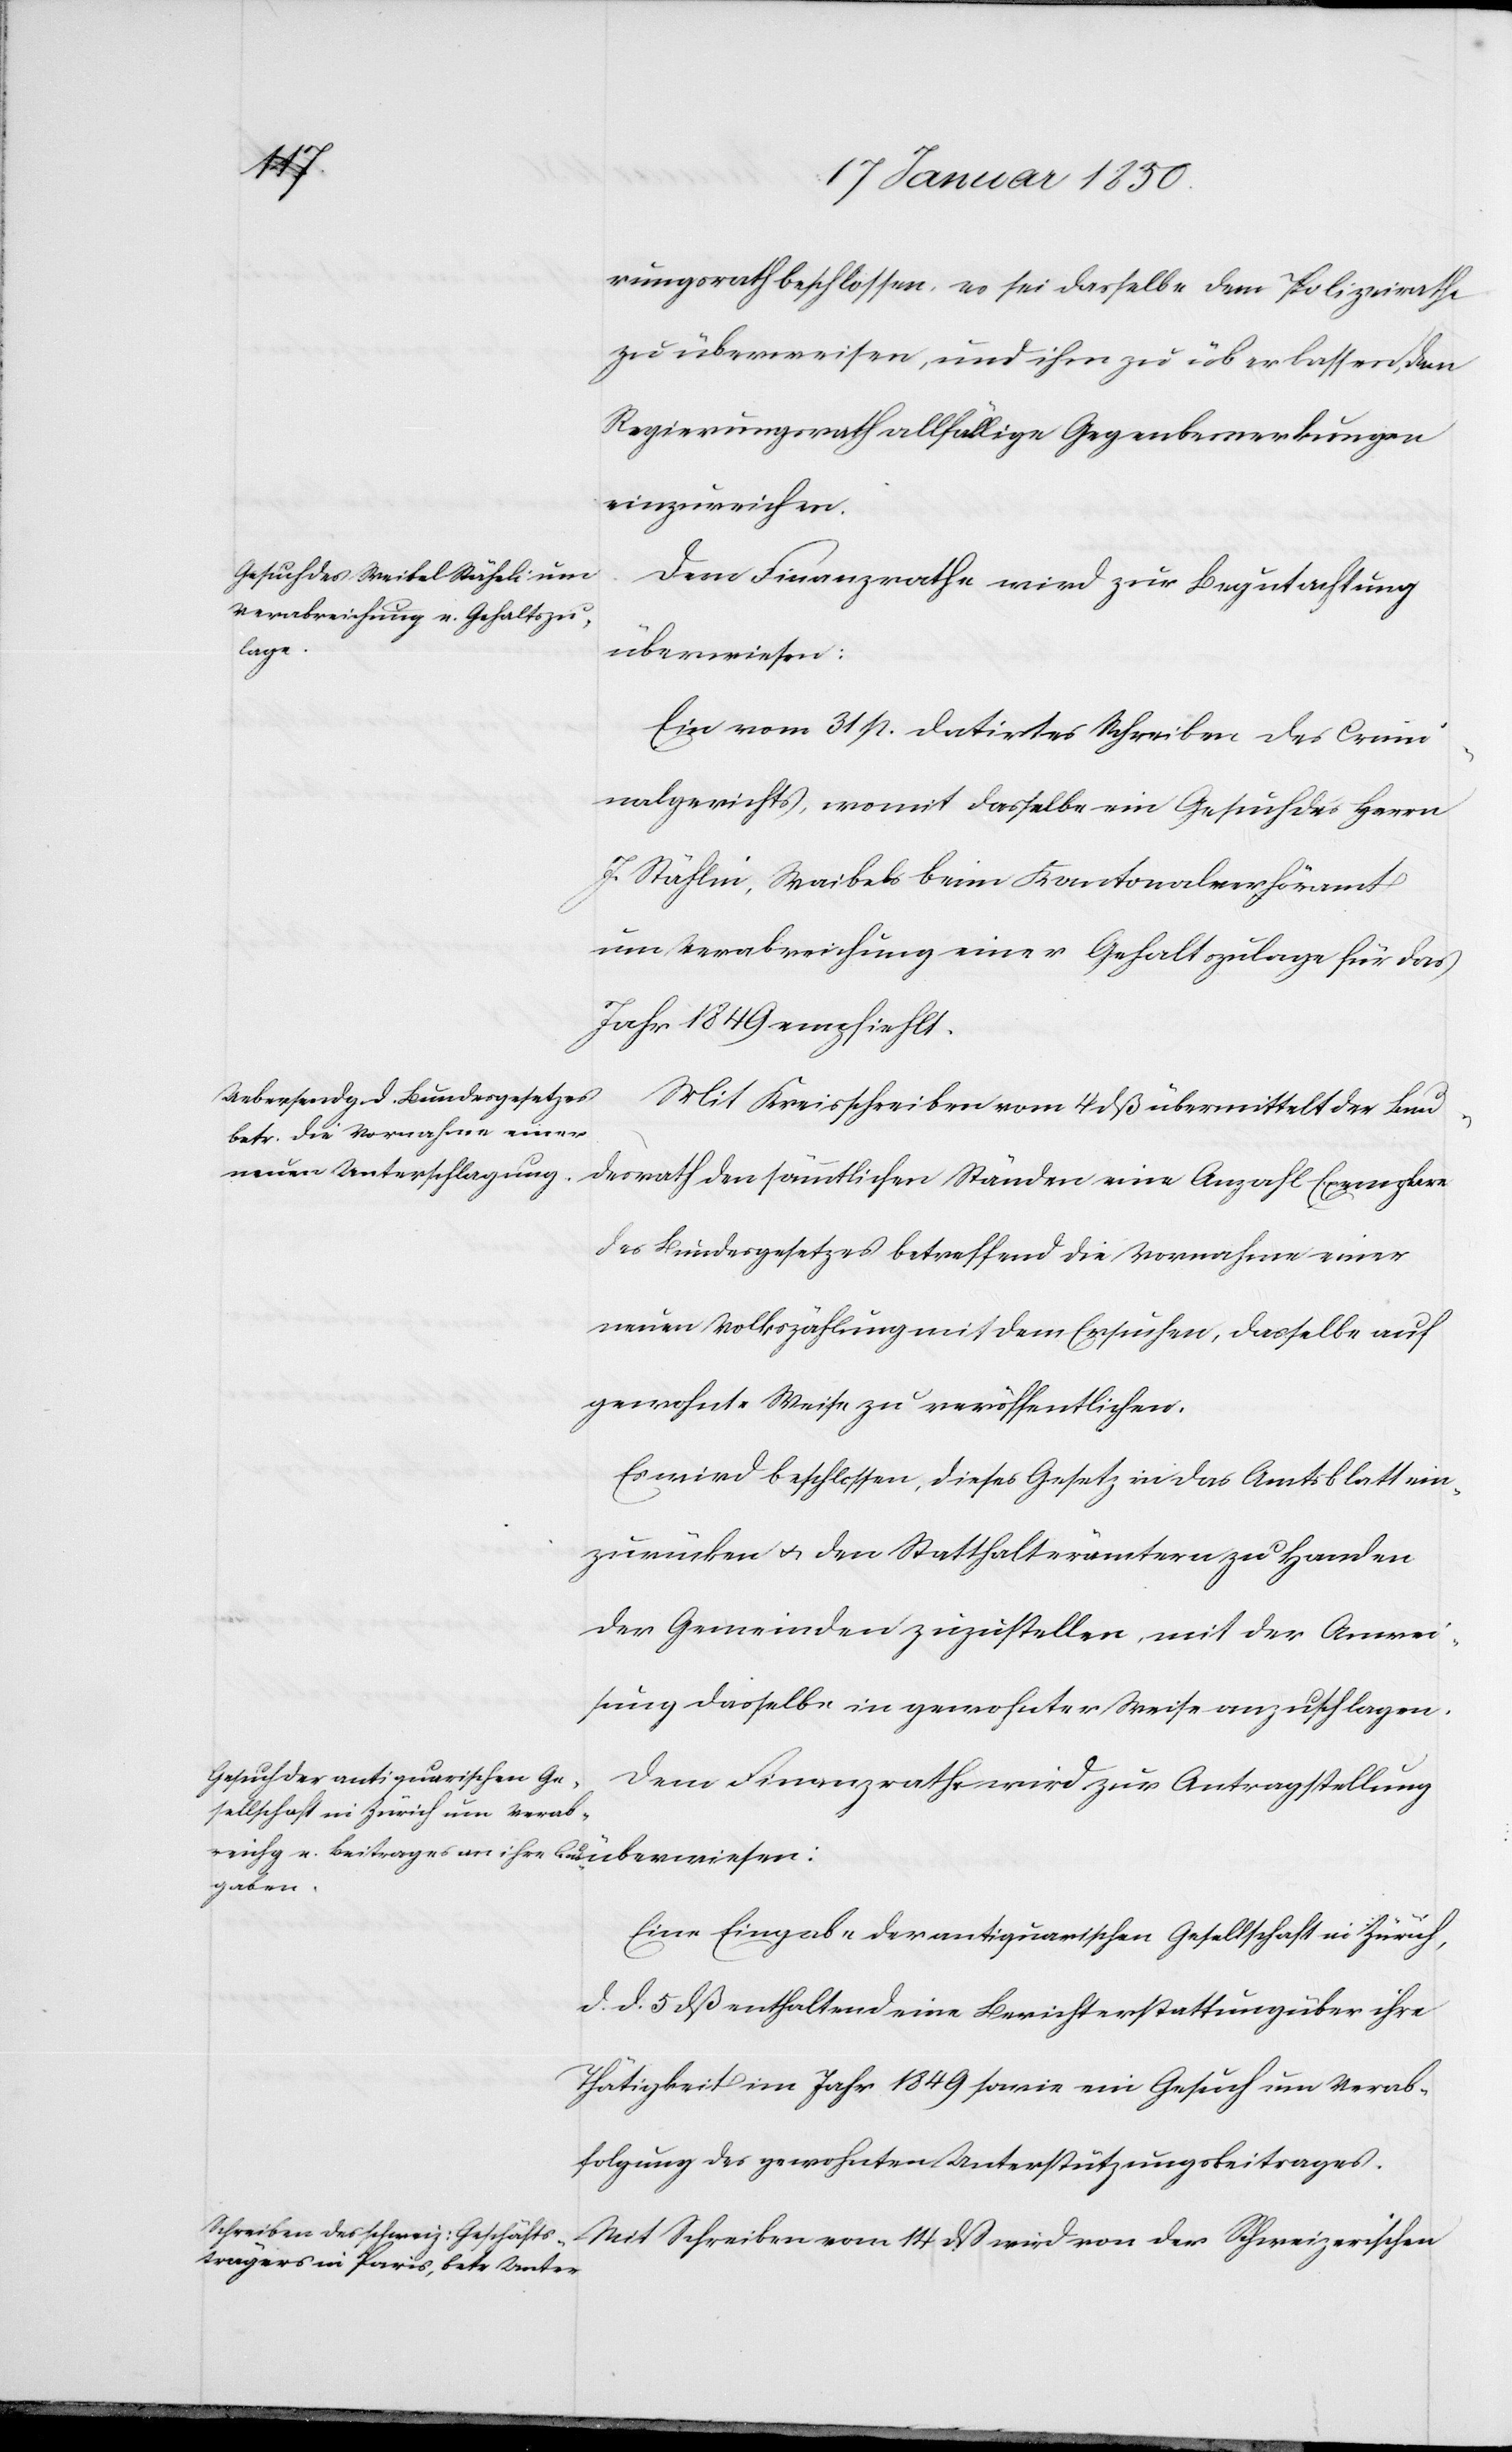
srath
rungsrath beschlossen: es sei dasselbe dem Polizeirathe
zu überweisen, und ihm zu überlassen, dem
Regierungsrath allfällige Gegenbemerkungen
einzureichen.
Dem Finanzrathe wird zur Begutachtung
überwiesen:
Ein vom 31 p. datirtes Schreiben des Crimi¬
nalgerichts, womit dasselbe ein Gesuch des Herrn
J. Stählin [sic!], Waibels beim Kantonalverhöramt
um Verabreichung einer Gehaltszulage für das
Jahr 1849 empfiehlt.
Mit Kreisschreiben vom 4 dß übermittelt der Bunde¬
des Bundesgesetzes betreffend die Vornahme einer
neuen Volkszählung mit dem Ersuchen, dasselbe auf
gewohnte Weise zu veröffentlichen.
Es wird beschlossen, dieses Gesetz in das Amtsblatt ein¬
zurücken u. den Statthalterämtern zu Handen
der Gemeinden zuzustellen, mit der Anwei¬
sung dasselbe in gewohnter Weise anzuschlagen.
Dem Finanzrathe wird zur Antragsstellung
Eine Eingabe der antiquarischen Gesellschaft in Zürich,
d. d. 5 dß enthaltend eine Berichterstattung über ihre
Thätigkeit im Jahr 1849 sowie ein Gesuch um Verab¬
folgung des gewohnten Unterstützungsbeitrages.
Mit Schreiben vom 14 dß wird von der Schweizerischen